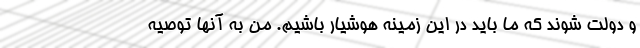
و دولت شوند که ما باید در این زمینه هوشیار باشیم. من به آنها توصیه